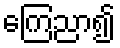
ကြေညာ၍